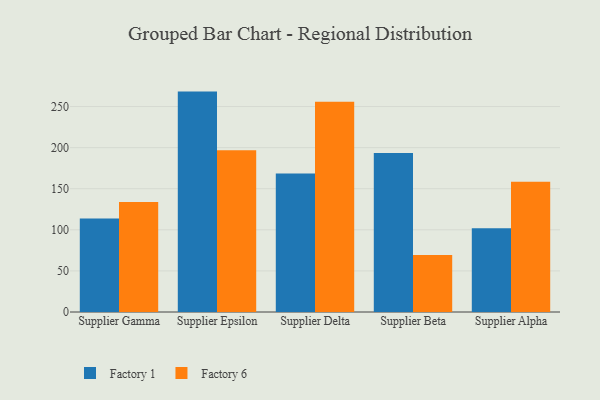
{"axis": {"x": "Supplier", "y": "Gross Profit (USD K)"}, "legend": ["Factory 1", "Factory 6"], "data": [{"x": "Supplier Gamma", "y": 113.7, "type": "Factory 1"}, {"x": "Supplier Gamma", "y": 134.0, "type": "Factory 6"}, {"x": "Supplier Epsilon", "y": 268.2, "type": "Factory 1"}, {"x": "Supplier Epsilon", "y": 196.7, "type": "Factory 6"}, {"x": "Supplier Delta", "y": 168.5, "type": "Factory 1"}, {"x": "Supplier Delta", "y": 255.8, "type": "Factory 6"}, {"x": "Supplier Beta", "y": 193.6, "type": "Factory 1"}, {"x": "Supplier Beta", "y": 69.5, "type": "Factory 6"}, {"x": "Supplier Alpha", "y": 102.0, "type": "Factory 1"}, {"x": "Supplier Alpha", "y": 158.4, "type": "Factory 6"}]}